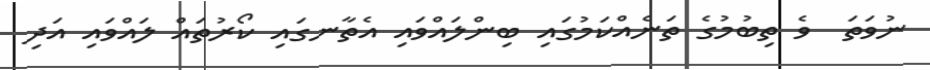
ނުވަތަ  ވެ ތިބުމުގެ ތަނެއްކަމުގައި ބިންލައްވައި އެތާނގައި ކޯރުތައް ލައްވައި އަދި